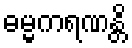
ဓမ္မကရဏန္တိ